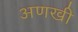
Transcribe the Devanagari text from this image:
अणखी